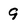
Character: 9